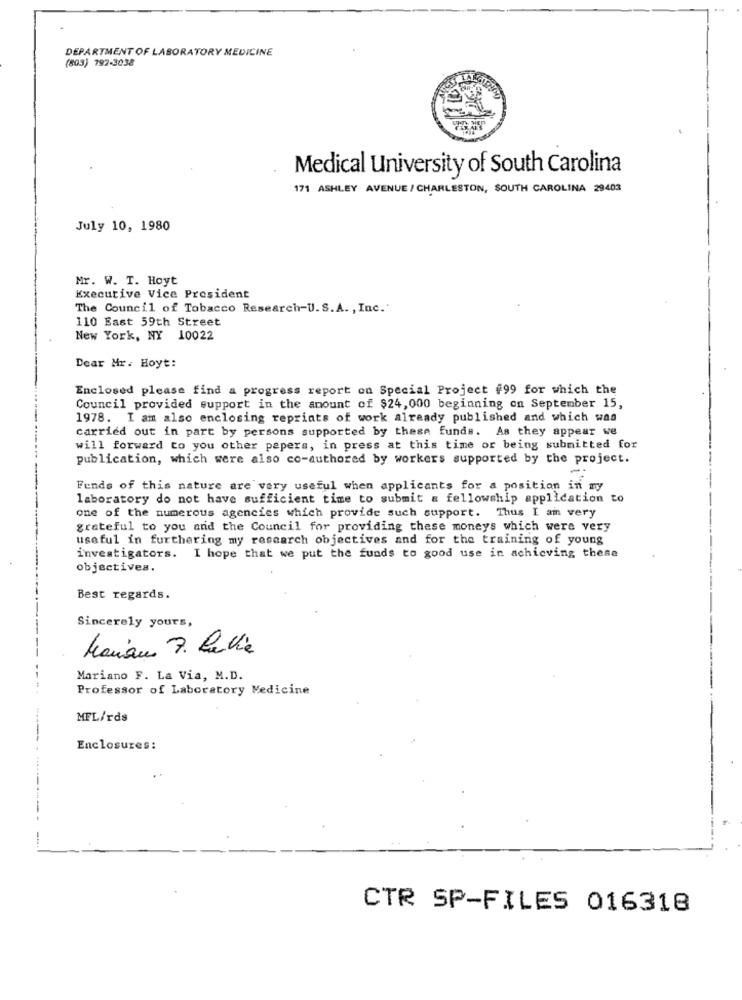
DEPARTMENT OF LABORATORY MEDICINE
(803) 792-3038
Medical University of South Carolina
171 ASHLEY AVENUE / CHARLESTON, SOUTH CAROLINA 29403
July 10, 1980
Mr. W. T. Hoyt
Executive Vice President
The Council of Tobacco Research-U.S.A. , Inc.'
110 East 59th Street
New York, NY 10022
Dear Mr. Hoyt:
Enclosed please find a progress report on Special Project #99 for which the
Council provided support in the amount of $24,000 beginning on September 15,
1978. I am also enclosing reprints of work already published and which was
carried out in part by persons supported by these funds. As they appear we
will forward to you other papers, in press at this time or being submitted for
publication, which were also co-authored by workers supported by the project.
-
Funds of this nature are very useful when applicants for a position in my
laboratory do not have sufficient time to submit a fellowship application to
one of the numerous agencies which provide such support. Thus I am very
grateful to you and the Council for providing these moneys which were very
useful in furthering my research objectives and for the training of young
investigators. I hope that we put the funds to good use in achieving these
objectives.
Best regards.
Sincerely yours,
Manaus 7. lavie
Mariano F. La Via, M.D.
Professor of Laboratory Medicine
MFL/rds
Enclosures:
CTR SP-FILES 016318